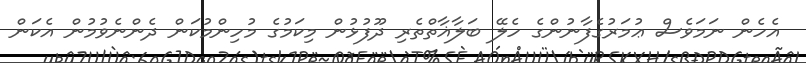
އެހެން ނަމަވެސް ޢުމަރުގެފާނުންގެ ހެލޭ ބަލާޣާތްތެރި ދޫފުޅުން މިކަމުގެ މުހިންމުކަން ދެންނެވުމުން އެކަން